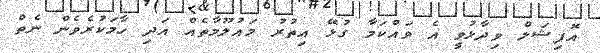
އޮފިޝަލް ވިދާޅުވީ އެ ވައްކަމާ ގުޅޭ އިތުރު މައުލޫމާތެއް އަދި ހާމަކުރެވެން ނެތް